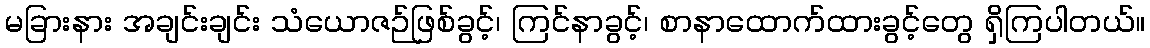
မခြားနား အချင်းချင်း သံယောဇဉ်ဖြစ်ခွင့်၊ ကြင်နာခွင့်၊ စာနာထောက်ထားခွင့်တွေ ရှိကြပါတယ်။